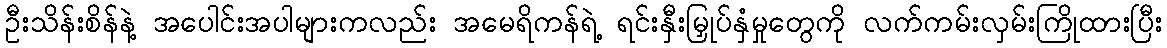
ဦးသိန်းစိန်နဲ့ အပေါင်းအပါများကလည်း အမေရိကန်ရဲ့ ရင်းနှီးမြှုပ်နှံမှုတွေကို လက်ကမ်းလှမ်းကြိုထားပြီး